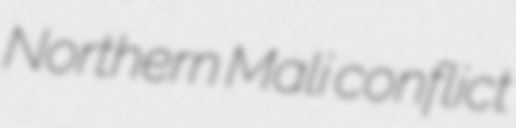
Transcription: Northern Mali conflict